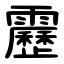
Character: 靂